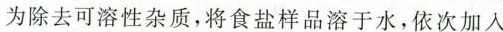
为除去可溶性杂质，将食盐样品溶于水，依次加入